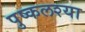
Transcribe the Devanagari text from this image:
पुष्कलश्या